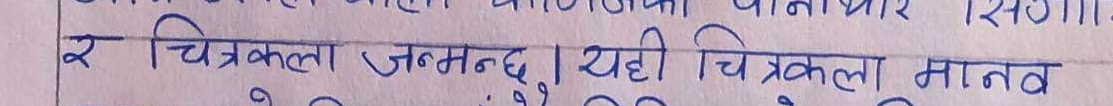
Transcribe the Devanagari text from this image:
र चित्रकला जन्मन्छु। यही चित्रकला मानव